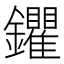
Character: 鑺